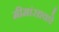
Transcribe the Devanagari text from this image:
मीमांसाकाे